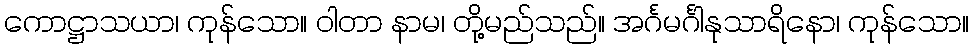
ကောဋ္ဌာသယာ၊ ကုန်သော။ ဝါတာ နာမ၊ တို့မည်သည်။ အင်္ဂမင်္ဂါနုသာရိနော၊ ကုန်သော။